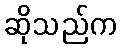
ဆိုသည်က